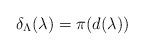
LaTeX: \begin{align*}\delta_\Lambda(\lambda) = \pi(d(\lambda))\quad\end{align*}